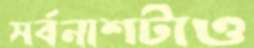
সর্বনাশটাও